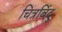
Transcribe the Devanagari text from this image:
चित्रबिंदु